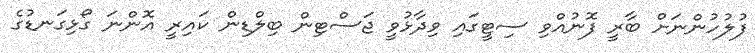
ފުލުހުންނަށް ބާރީ ފޮނުއްވި ސިޓީގައި ވިދާޅުވީ ޖަސްޓިން ބިލްޑިން ކައިރީ އޮންނަ ގޯޅިގަނޑުގެ